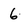
Character: 6